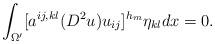
LaTeX: \begin{align*}\int_{\Omega'}[a^{ij,kl}(D^{2}u)u_{ij}]^{h_{m}}\eta_{kl}dx=0.\end{align*}